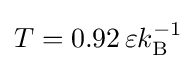
T=0.92\,\varepsilon k_{\mathrm {B} }^{-1}